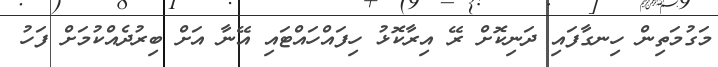
މަގުމަތިން ހިނގާފައި ދަނިކޮށް ރޭ އިރާކޮޅު ހިފައްހައްޓައި އޭނާ އަށް ބިރުދެއްކުމަށް ފަހު